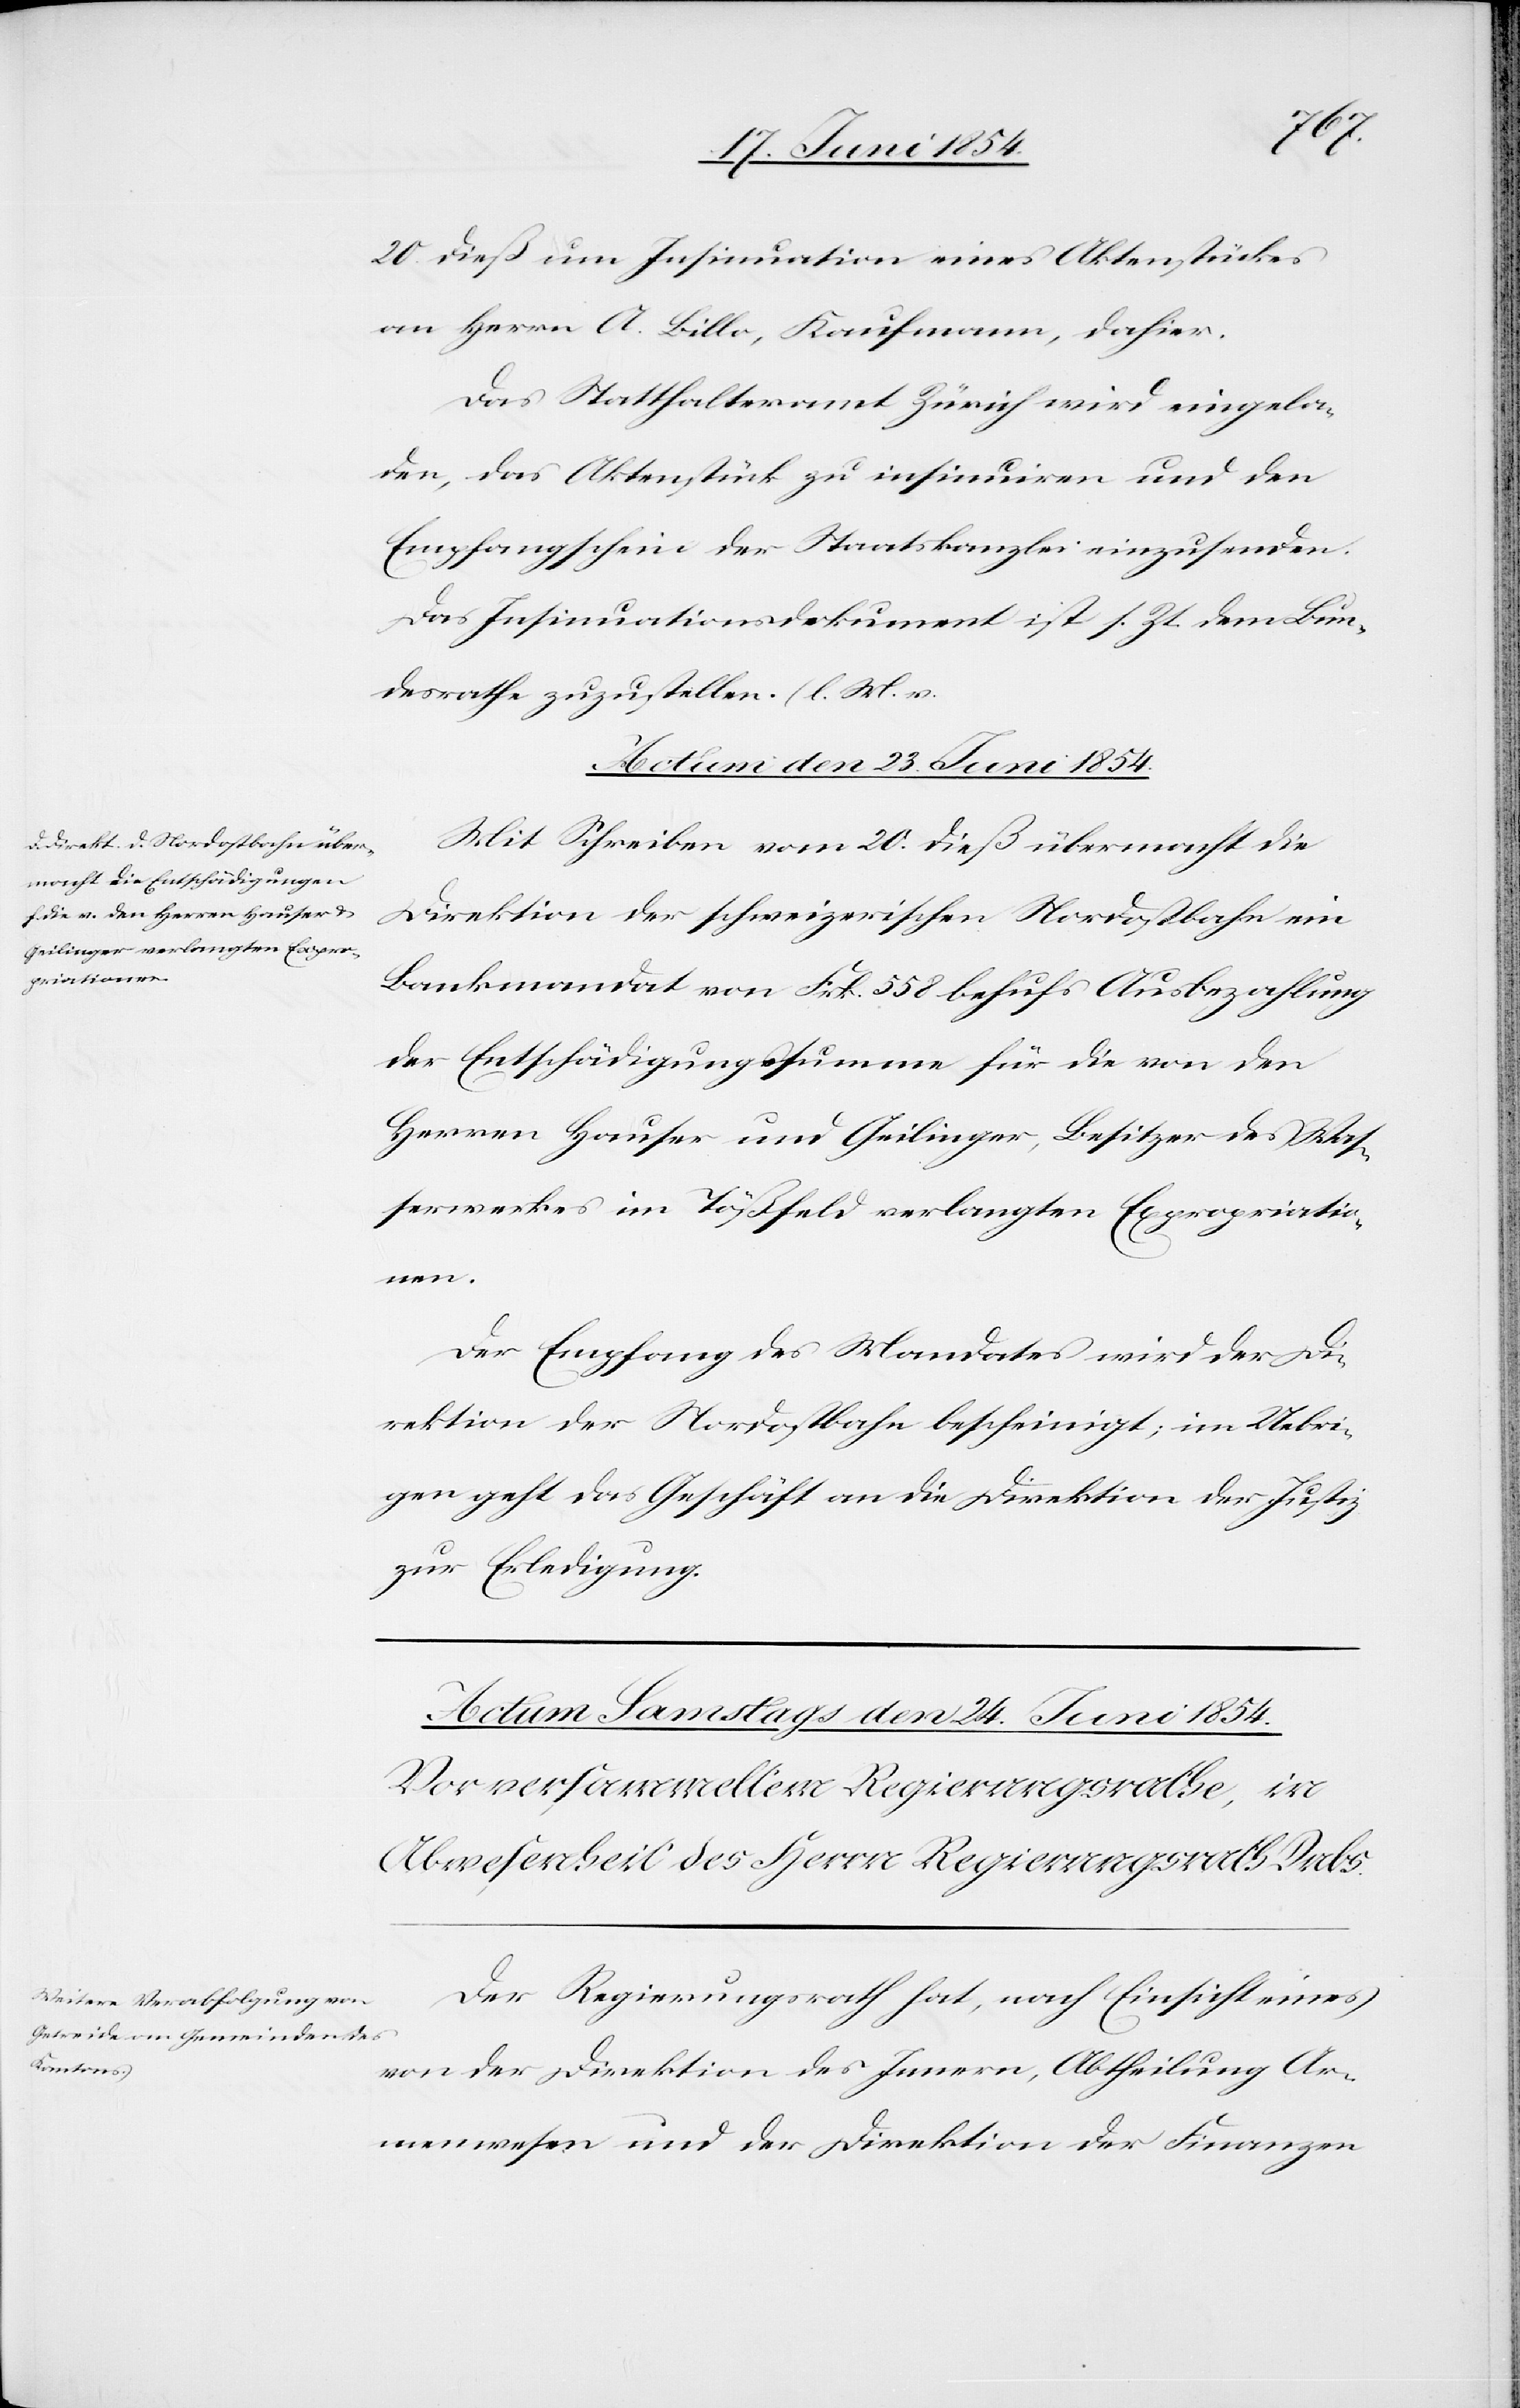
20. dieß um Insinuation eines Aktenstückes
an Herrn A. Billo, Kaufmann, dahier.
Das Statthalteramt Zürich wird eingela¬
den, das Aktenstück zu insinuiren und den
Empfangschein der Staatskanzlei einzusenden.
Das Insinuationsdokument ist s. Zt. dem Bun¬
desrathe zuzustellen. (l. M. v.
Actum den 23. Juni 1854.
Mit Schreiben vom 20. dies übermacht die
Direktion der schweizerischen Nordostbahn ein
Bankmandat von Frk. 558 behufs Ausbezahlung
der Entschädigungssumme für die von den
Herren Hauser und Geilinger, Besitzer des Waß¬
erwerkes im Tößfeld verlangten Expropriatio¬
nen.
Der Empfang des Mandates wird der Di¬
rektion der Nordostbahn bescheinigt; im Uebri¬
gen geht das Geschäft an die Direktion der Justiz
zur Erledigung.
Der Regierungsrath hat, nach Einsicht eines
von der Direktion des Innern, Abtheilung Ar¬
menwesen und der Direktion der Finanzen